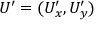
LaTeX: U ^ { \prime } = ( U _ { x } ^ { \prime } , U _ { y } ^ { \prime } )